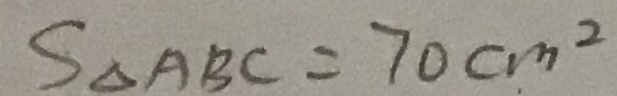
s _ { \Delta A B C } = 7 0 c m ^ { 2 }